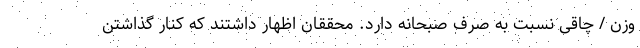
وزن / چاقی نسبت به صرف صبحانه دارد. محققان اظهار داشتند که کنار گذاشتن